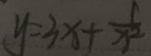
y = 3 x + \frac { 1 } { x ^ { 2 } }